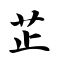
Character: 芷